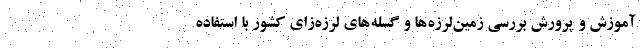
آموزش و پرورش بررسی زمین‌لرزه‌ها و گسله‌های لرزه‌زای کشور با استفاده